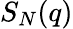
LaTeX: S_{N}(q)